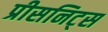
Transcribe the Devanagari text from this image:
प्रीसनिट्स